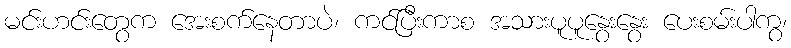
မင်းဟင်းတွေက အေးစက်နေတာပဲ၊ ကင်ပြီးကာစ အသားပူပူနွေးနွေး ပေးစမ်းပါကွ၊